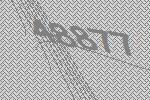
48877